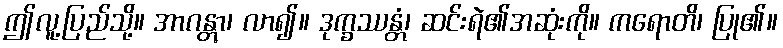
ဤလူ့ပြည်သို့။ အာဂန္တွာ၊ လာ၍။ ဒုက္ခဿန္တံ၊ ဆင်းရဲ၏အဆုံးကို။ ကရောတိ၊ ပြု၏။